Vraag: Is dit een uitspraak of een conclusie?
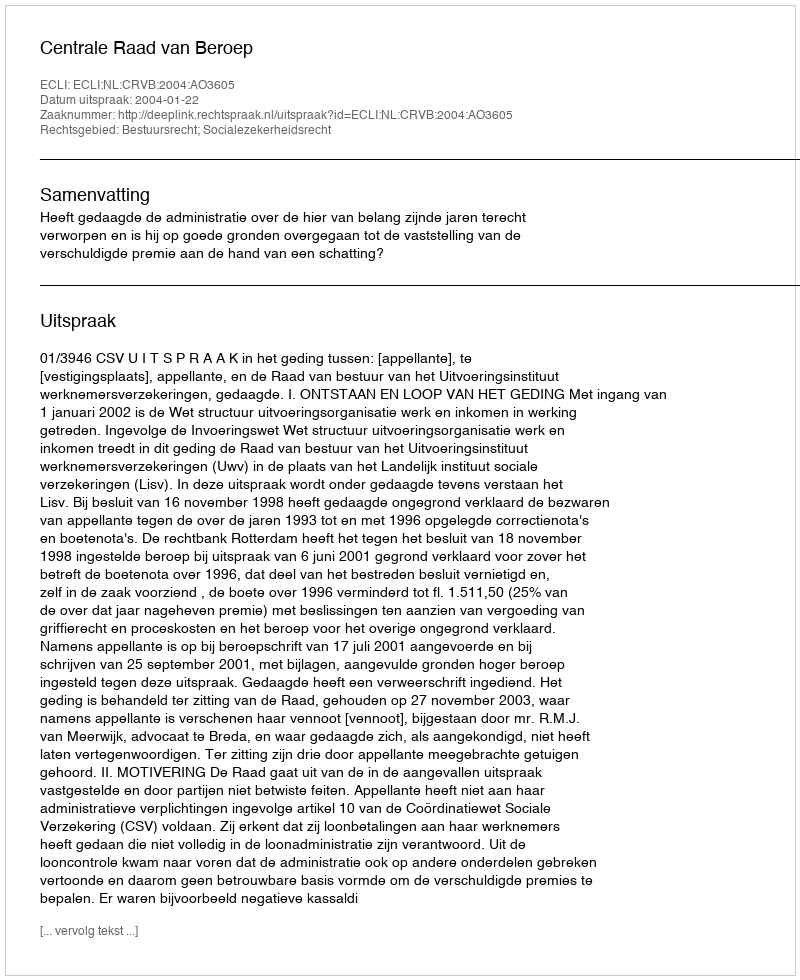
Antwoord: Uitspraak